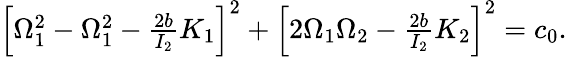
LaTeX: \begin{array}{r}{\left[\Omega_{1}^{2}-\Omega_{1}^{2}-\frac{2b}{I_{2}}K_{1}\right]^{2}+\left[2\Omega_{1}\Omega_{2}-\frac{2b}{I_{2}}K_{2}\right]^{2}=c_{0}.}\end{array}